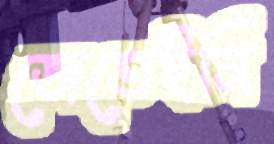
জেতেইনি